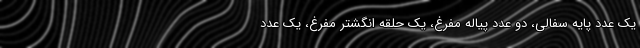
یک عدد پایه سفالی، دو عدد پیاله مفرغ، یک حلقه انگشتر مفرغ، یک عدد